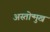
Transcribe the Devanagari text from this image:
अस्तोन्मुख